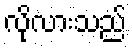
လိုလားသည်